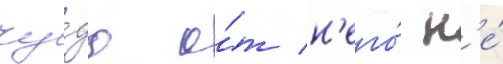
чу́да о́т н'его́ н'е́